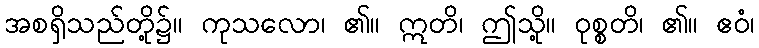
အစရှိသည်တို့၌။ ကုသလော၊ ၏။ ဣတိ၊ ဤသို့။ ဝုစ္စတိ၊ ၏။ ဧဝံ၊